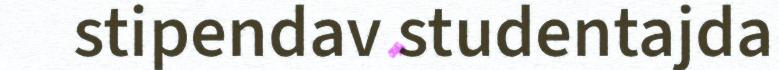
stipendav studentajda